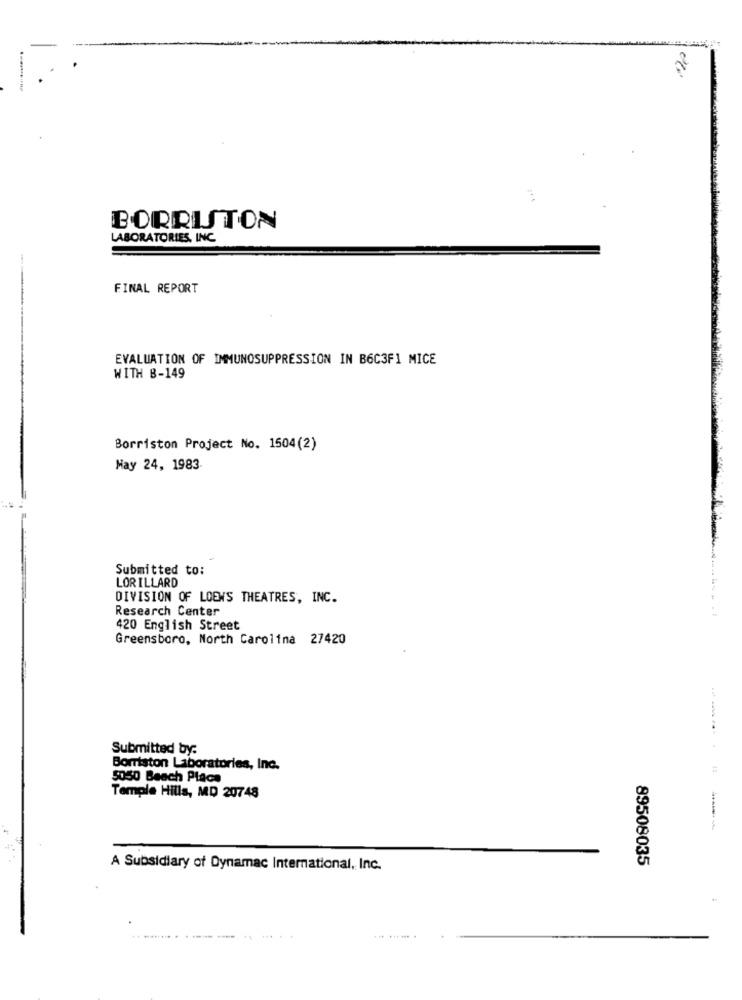
BORRISTON
LABORATORIES, INC.
FINAL REPORT
EVALUATION OF IMMUNOSUPPRESSION IN B6C3F1 MICE
WITH B-149
Borriston Project No. 1504(2)
May 24, 1983
Submitted to:
LORILLARD
DIVISION OF LOEWS THEATRES, INC.
Research Center
.....
420 English Street
Greensboro, North Carolina 27420
Submitted by:
Borriston Laboratories, Inc.
----
5050 Beach Place
Temple Hills, MD 20748
-
89508035
A Subsidiary of Dynamac International, Inc.